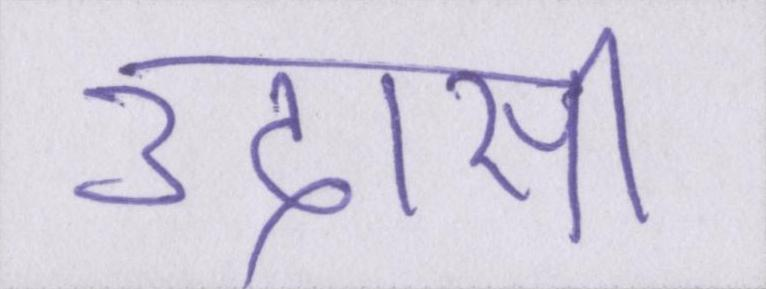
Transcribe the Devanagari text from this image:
उदासी